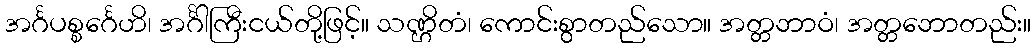
အင်္ဂပစ္စင်္ဂေဟိ၊ အင်္ဂါကြီးငယ်တို့ဖြင့်။ သဏ္ဌိတံ၊ ကောင်းစွာတည်သော။ အတ္တဘာဝံ၊ အတ္တဘောတည်း။